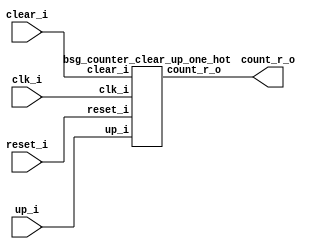
// This program was cloned from: https://github.com/chipsalliance/UHDM-integration-tests
// License: Apache License 2.0



module top
(
  clk_i,
  reset_i,
  clear_i,
  up_i,
  count_r_o
);

  output [16:0] count_r_o;
  input clk_i;
  input reset_i;
  input clear_i;
  input up_i;

  bsg_counter_clear_up_one_hot
  wrapper
  (
    .count_r_o(count_r_o),
    .clk_i(clk_i),
    .reset_i(reset_i),
    .clear_i(clear_i),
    .up_i(up_i)
  );


endmodule



module bsg_counter_clear_up_one_hot
(
  clk_i,
  reset_i,
  clear_i,
  up_i,
  count_r_o
);

  output [16:0] count_r_o;
  input clk_i;
  input reset_i;
  input clear_i;
  input up_i;
  wire [16:0] count_r_o,bits_n;
  wire N0,N1,N2,N3,N4,N5,N6,N7,N8,N9,N10,N11,N12,N13,N14,N15,N16,N17,N18,N19,N20,N21,
  N22,N23,N24,N25,N26,N27,N28,N29,N30,N31,N32,N33,N34,N35,N36,N37,N38,N39,N40,N41,
  N42,N43,N44;
  reg count_r_o_16_sv2v_reg,count_r_o_15_sv2v_reg,count_r_o_14_sv2v_reg,
  count_r_o_13_sv2v_reg,count_r_o_12_sv2v_reg,count_r_o_11_sv2v_reg,count_r_o_10_sv2v_reg,
  count_r_o_9_sv2v_reg,count_r_o_8_sv2v_reg,count_r_o_7_sv2v_reg,count_r_o_6_sv2v_reg,
  count_r_o_5_sv2v_reg,count_r_o_4_sv2v_reg,count_r_o_3_sv2v_reg,
  count_r_o_2_sv2v_reg,count_r_o_1_sv2v_reg,count_r_o_0_sv2v_reg;
  assign count_r_o[16] = count_r_o_16_sv2v_reg;
  assign count_r_o[15] = count_r_o_15_sv2v_reg;
  assign count_r_o[14] = count_r_o_14_sv2v_reg;
  assign count_r_o[13] = count_r_o_13_sv2v_reg;
  assign count_r_o[12] = count_r_o_12_sv2v_reg;
  assign count_r_o[11] = count_r_o_11_sv2v_reg;
  assign count_r_o[10] = count_r_o_10_sv2v_reg;
  assign count_r_o[9] = count_r_o_9_sv2v_reg;
  assign count_r_o[8] = count_r_o_8_sv2v_reg;
  assign count_r_o[7] = count_r_o_7_sv2v_reg;
  assign count_r_o[6] = count_r_o_6_sv2v_reg;
  assign count_r_o[5] = count_r_o_5_sv2v_reg;
  assign count_r_o[4] = count_r_o_4_sv2v_reg;
  assign count_r_o[3] = count_r_o_3_sv2v_reg;
  assign count_r_o[2] = count_r_o_2_sv2v_reg;
  assign count_r_o[1] = count_r_o_1_sv2v_reg;
  assign count_r_o[0] = count_r_o_0_sv2v_reg;
  assign { N23, N22, N21, N20, N19, N18, N17, N16, N15, N14, N13, N12, N11, N10, N9, N8, N7 } = (N0)? { 1'b0, 1'b0, 1'b0, 1'b0, 1'b0, 1'b0, 1'b0, 1'b0, 1'b0, 1'b0, 1'b0, 1'b0, 1'b0, 1'b0, 1'b0, 1'b0, 1'b1 } : 
                                                                                                (N1)? count_r_o : 1'b0;
  assign N0 = clear_i;
  assign N1 = N6;
  assign { N41, N40, N39, N38, N37, N36, N35, N34, N33, N32, N31, N30, N29, N28, N27, N26, N25 } = (N2)? { N22, N21, N20, N19, N18, N17, N16, N15, N14, N13, N12, N11, N10, N9, N8, N7, N23 } : 
                                                                                                   (N3)? { N23, N22, N21, N20, N19, N18, N17, N16, N15, N14, N13, N12, N11, N10, N9, N8, N7 } : 1'b0;
  assign N2 = up_i;
  assign N3 = N24;
  assign bits_n = (N4)? { 1'b0, 1'b0, 1'b0, 1'b0, 1'b0, 1'b0, 1'b0, 1'b0, 1'b0, 1'b0, 1'b0, 1'b0, 1'b0, 1'b0, 1'b0, 1'b0, 1'b1 } : 
                  (N5)? { N41, N40, N39, N38, N37, N36, N35, N34, N33, N32, N31, N30, N29, N28, N27, N26, N25 } : 1'b0;
  assign N4 = reset_i;
  assign N5 = N42;
  assign N6 = ~clear_i;
  assign N24 = ~up_i;
  assign N42 = ~reset_i;
  assign N43 = N44 | clear_i;
  assign N44 = reset_i | up_i;

  always @(posedge clk_i) begin
    if(N43) begin
      count_r_o_16_sv2v_reg <= bits_n[16];
      count_r_o_15_sv2v_reg <= bits_n[15];
      count_r_o_14_sv2v_reg <= bits_n[14];
      count_r_o_13_sv2v_reg <= bits_n[13];
      count_r_o_12_sv2v_reg <= bits_n[12];
      count_r_o_11_sv2v_reg <= bits_n[11];
      count_r_o_10_sv2v_reg <= bits_n[10];
      count_r_o_9_sv2v_reg <= bits_n[9];
      count_r_o_8_sv2v_reg <= bits_n[8];
      count_r_o_7_sv2v_reg <= bits_n[7];
      count_r_o_6_sv2v_reg <= bits_n[6];
      count_r_o_5_sv2v_reg <= bits_n[5];
      count_r_o_4_sv2v_reg <= bits_n[4];
      count_r_o_3_sv2v_reg <= bits_n[3];
      count_r_o_2_sv2v_reg <= bits_n[2];
      count_r_o_1_sv2v_reg <= bits_n[1];
      count_r_o_0_sv2v_reg <= bits_n[0];
    end 
  end


endmodule